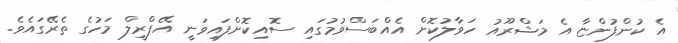
އެ ކުންފުންޏާ އެ މަޝްރޫއު ހަވާލުކޮށް އެއްބަސްވުމުގައި ސޮއިކޮށްފައިވަނީ އޭޕްރީލް މަހުގެ ތެރޭގައެވެ.